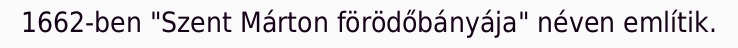
1662-ben "Szent Márton förödőbányája" néven említik.